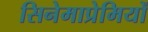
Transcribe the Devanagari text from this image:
सिनेमाप्रेमियों